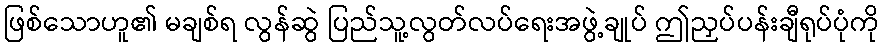
ဖြစ်သောဟူ၏ မချစ်ရ လွန်ဆွဲ ပြည်သူ့လွတ်လပ်ရေးအဖွဲ့ချုပ် ဤညှပ်ပန်းချီရုပ်ပုံကို